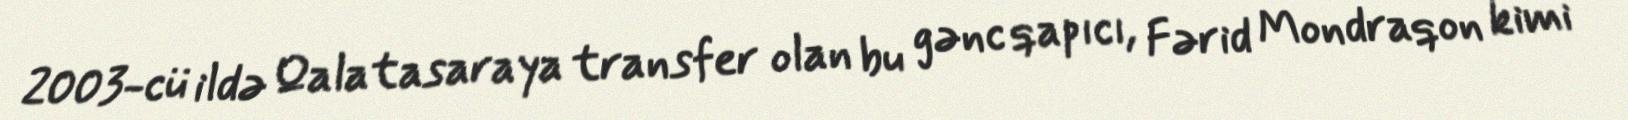
2003-cü ildə Qalatasaraya transfer olan bu gənc qapıcı, Fərid Mondraqon kimi